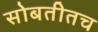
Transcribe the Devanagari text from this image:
सोबतीतच